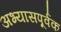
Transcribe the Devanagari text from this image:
अभ्यासपूर्वक